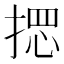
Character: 𢰌